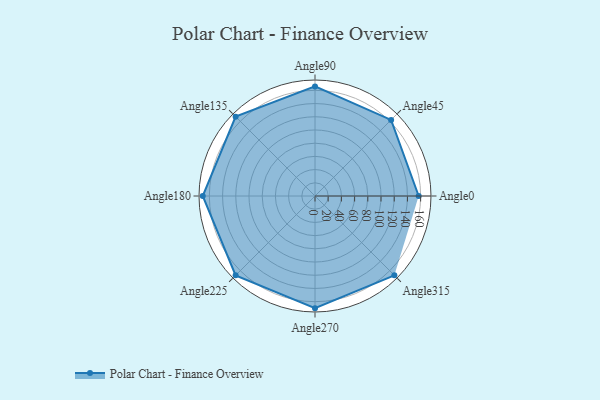
{"axis": {"x": "Angle", "y": "Radius"}, "legend": [""], "data": [{"x": "Angle0", "y": 157.0, "type": ""}, {"x": "Angle45", "y": 163.0, "type": ""}, {"x": "Angle90", "y": 166.0, "type": ""}, {"x": "Angle135", "y": 170, "type": ""}, {"x": "Angle180", "y": 170, "type": ""}, {"x": "Angle225", "y": 170, "type": ""}, {"x": "Angle270", "y": 170, "type": ""}, {"x": "Angle315", "y": 170, "type": ""}]}